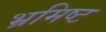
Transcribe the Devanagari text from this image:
भ्रमिष्ट